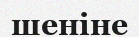
шеніне